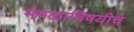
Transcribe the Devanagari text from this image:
मंगळाविषयीचे